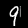
Label: 9